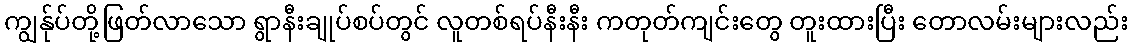
ကျွန်ုပ်တို့ဖြတ်လာသော ရွာနီးချုပ်စပ်တွင် လူတစ်ရပ်နီးနီး ကတုတ်ကျင်းတွေ တူးထားပြီး တောလမ်းများလည်း